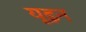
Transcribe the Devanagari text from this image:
यूइन